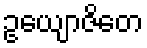
ဥယျောဇိတေ